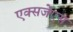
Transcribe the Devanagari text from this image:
एक्सजेएस